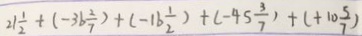
2 1 \frac { 1 } { 2 } + ( - 3 6 \frac { 2 } { 7 } ) + ( - 1 6 \frac { 1 } { 2 } ) + ( - 4 5 \frac { 3 } { 7 } ) + ( + 1 0 \frac { 5 } { 7 } )